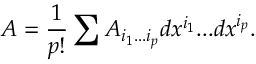
A = { \frac { 1 } { p ! } } \sum A _ { i _ { 1 } . . . i _ { p } } d x ^ { i _ { 1 } } . . . d x ^ { i _ { p } } .